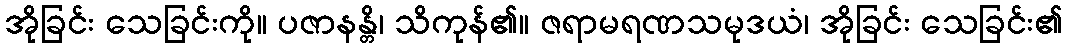
အိုခြင်း သေခြင်းကို။ ပဇာနန္တိ၊ သိကုန်၏။ ဇရာမရဏသမုဒယံ၊ အိုခြင်း သေခြင်း၏